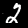
Label: 2